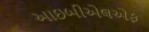
આઇબીએલએફ